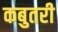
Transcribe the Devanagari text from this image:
कबुतरी